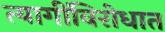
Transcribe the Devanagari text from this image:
त्यागींविरोधात